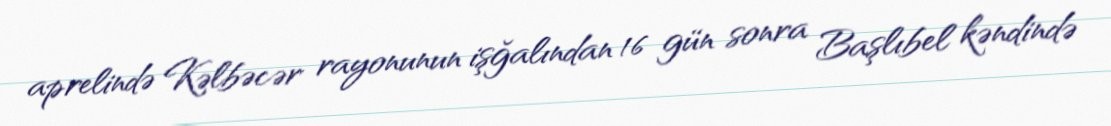
aprelində Kəlbəcər rayonunun işğalından 16 gün sonra Başlıbel kəndində